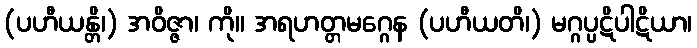
(ပဟီယန္တိ၊) အဝိဇ္ဇာ၊ ကို။ အရဟတ္တမဂ္ဂေန (ပဟီယတိ၊) မဂ္ဂပ္ပဋိပါဋိယာ၊